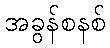
အခွန်စနစ်